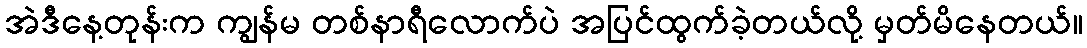
အဲဒီနေ့တုန်းက ကျွန်မ တစ်နာရီလောက်ပဲ အပြင်ထွက်ခဲ့တယ်လို့ မှတ်မိနေတယ်။